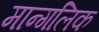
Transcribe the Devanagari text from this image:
मान्गलिक